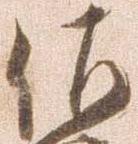
佐